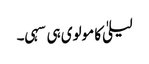
لیلیٰ کا مولوی ہی سہی۔